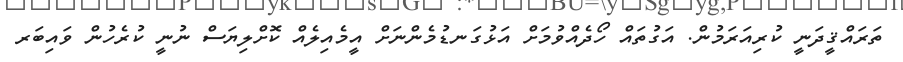
ތަރައްޤީދަނީ ކުރިއަރަމުން. އަގުތައް ހޯދެއްވުމަށް އަޅުގަނޑުމެންނަށް އީމެއިލެއް ކޮށްލިޔަސް ނުނީ ކުރެހުން ވައިބަރ